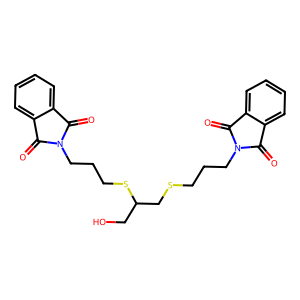
SMILES: O=C1c2ccccc2C(=O)N1CCCSCC(CO)SCCCN1C(=O)c2ccccc2C1=O
Inhibits HIV replication: No